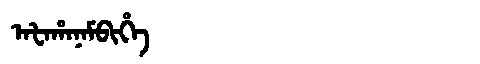
Manchu: ᠠᡶᠠᡥᠠᠨᠠᠮᠪᡳᡥᡝ
Romanization: AFAHANAMBIHE